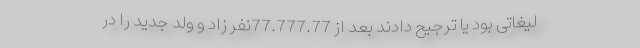
لیغاتی بود یا ترجیح دادند بعد از 77.777.77نفر زاد و ولد جدید را در